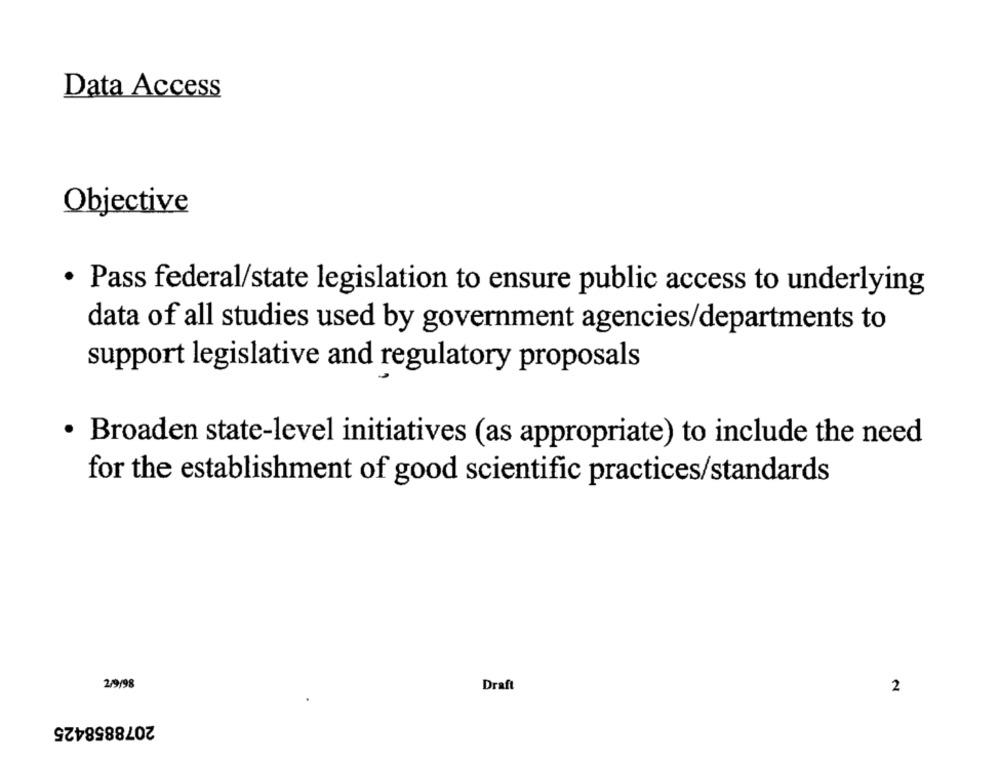
Data Access
Objective
· Pass federal/state legislation to ensure public access to underlying
data of all studies used by government agencies/departments to
support legislative and regulatory proposals
· Broaden state-level initiatives (as appropriate) to include the need
for the establishment of good scientific practices/standards
2/9/98
Draft
2
2078858425